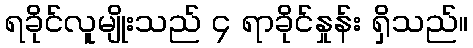
ရခိုင်လူမျိုးသည် ၄ ရာခိုင်နှုန်း ရှိသည်။